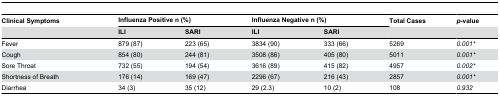
| Clinical Symptoms | <COLSPAN=2> Influenza Positive n (%) | <COLSPAN=2> Influenza Negative n (%) | Total Cases | p-value |
 |  | ILI | SARI | ILI | SARI |  |  |
 | --- | --- | --- | --- | --- | --- | --- |
 | Fever | 879 (87) | 223 (65) | 3834 (90) | 333 (66) | 5269 | 0.001* |
 | Cough | 854 (80) | 244 (81) | 3508 (86) | 405 (80) | 5011 | 0.001* |
 | Sore Throat | 732 (55) | 194 (54) | 3616 (89) | 415 (82) | 4957 | 0.002* |
 | Shortness of Breath | 176 (14) | 169 (47) | 2296 (67) | 216 (43) | 2857 | 0.001* |
 | Diarrhea | 34 (3) | 35 (12) | 29 (2.3) | 10 (2) | 108 | 0.932 |